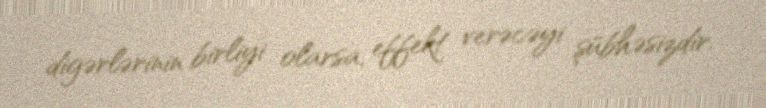
digərlərinin birliyi olarsa, effekt verəcəyi şübhəsizdir.